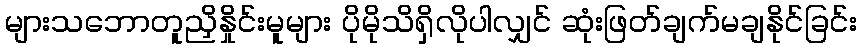
များသဘောတူညှိနှိုင်းမူများ ပိုမိုသိရှိလိုပါလျှင် ဆုံးဖြတ်ချက်မချနိုင်ခြင်း